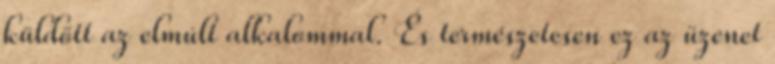
küldött az elmúlt alkalommal. És természetesen ez az üzenet